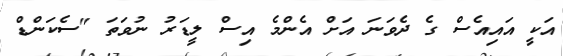
އަކީ އައިއެސް ގެ ދެވަނަ އަށް އެންމެ އިސް ލީޑަރު ނުވަތަ "ސެކަންޑް